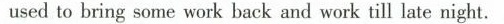
used to bring so mc work lack and work till late night.